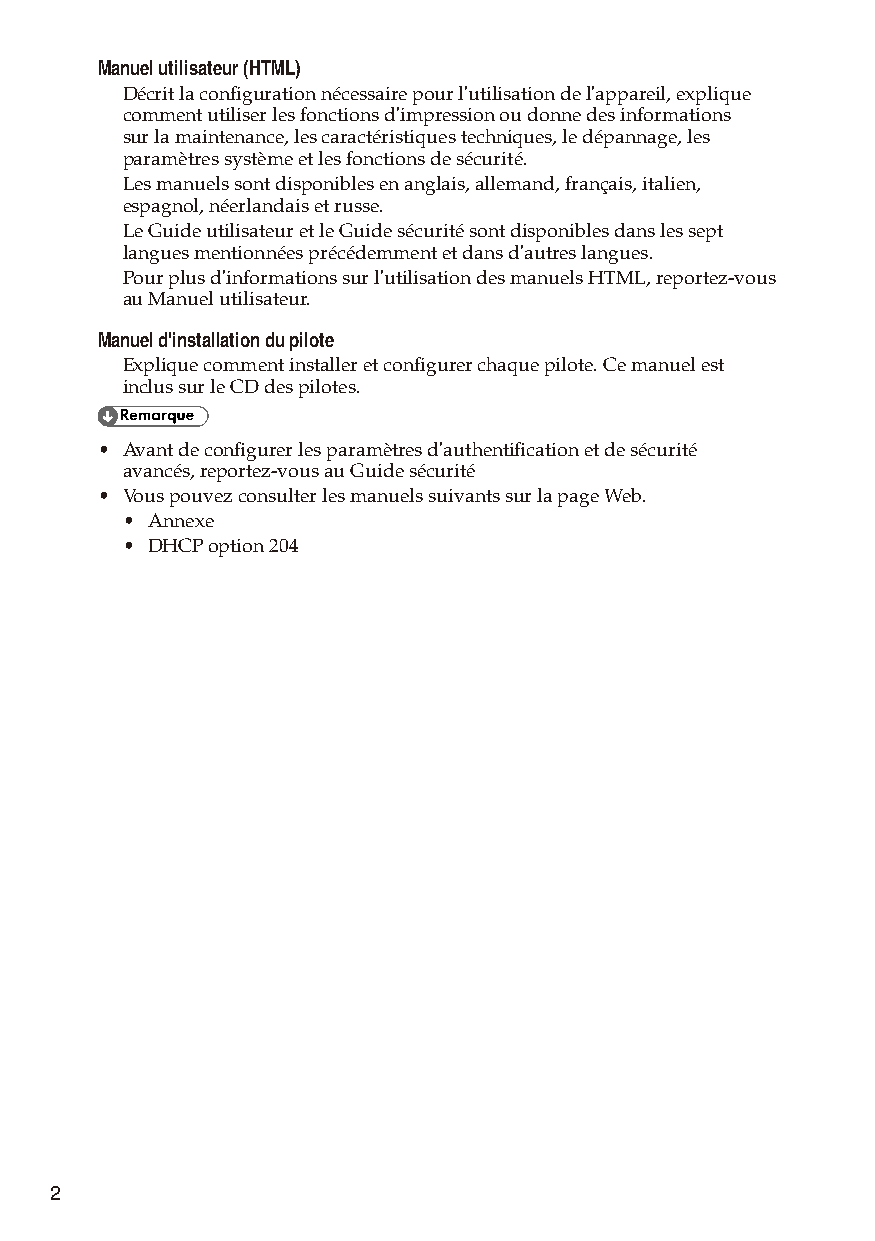
Manuel utilisateur (HTML)
 Décrit la configuration nécessaire pour l'utilisation de l'appareil, explique
 comment utiliser les fonctions d'impression ou donne des informations
 sur la maintenance, les caractéristiques techniques, le dépannage, les
 paramètres système et les fonctions de sécurité.
 Les manuels sont disponibles en anglais, allemand, français, italien,
 espagnol, néerlandais et russe.
 Le Guide utilisateur et le Guide sécurité sont disponibles dans les sept
 langues mentionnées précédemment et dans d'autres langues.
 Pour plus d'informations sur l'utilisation des manuels HTML, reportez-vous
 au Manuel utilisateur.
 Manuel d'installation du pilote
 Explique comment installer et configurer chaque pilote. Ce manuel est
 inclus sur le CD des pilotes.
 • Avant de configurer les paramètres d'authentification et de sécurité
 avancés, reportez-vous au Guide sécurité
 • Vous pouvez consulter les manuels suivants sur la page Web.
 • Annexe
 • DHCP option 204
 2